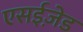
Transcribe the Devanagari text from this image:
एसईज़ेड